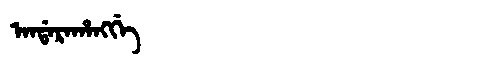
Manchu: ᠠᠨᡩᠠᡵᠠᡥᠠᠩᡤᡝ
Romanization: ANDARAHANGGE